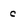
Character: c